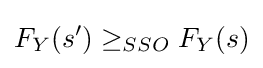
F_{Y}(s')\geq _{SSO}F_{Y}(s)